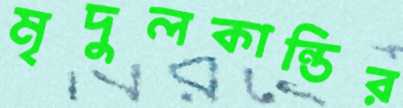
মৃদুলকান্তির